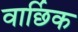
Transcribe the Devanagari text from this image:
वार्छिक